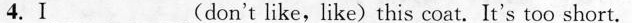
4.I___(don't like,like)this coat. It's too short.